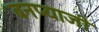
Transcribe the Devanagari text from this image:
बनप्याजी